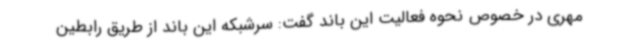
مهری در خصوص نحوه فعالیت این باند گفت: سرشبکه این باند از طریق رابطین